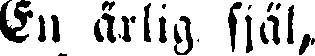
En ärlig själ,